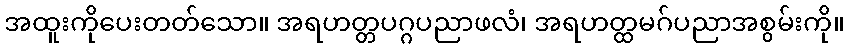
အထူးကိုပေးတတ်သော။ အရဟတ္တပဂ္ဂပညာဖလံ၊ အရဟတ္ထမဂ်ပညာအစွမ်းကို။